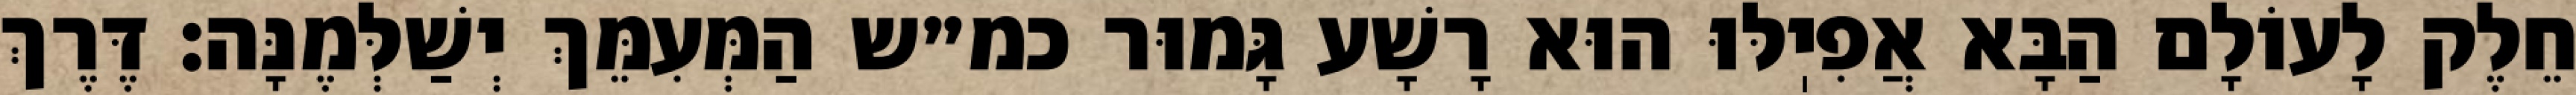
חֵלֶק לָעוֹלָם הַבָּא אֲפִיֽלּוּ הוּא רָשָׁע גָּמוּר כמ״ש הַמְּעִמֵּךְ יְשַׁלְּמֶנָּה: דֶּרֶךְ